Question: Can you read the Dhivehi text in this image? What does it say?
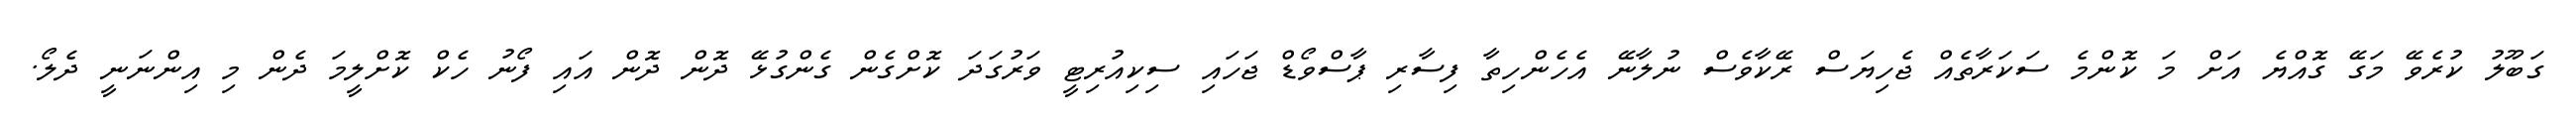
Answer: ގަބޫލު ކުރެވޭ މަގޭ ގޮއްޔެ އަށް މަ ކޮންމެ ސަކަރާތެއް ޖެހިޔަސް ރޭކާވެސް ނުލާނޭ އެހެންހިތާ ފިސާރި ޕާސްވޯޑް ޖަހައި ސިކިއުރިޓީ ވަރުގަދަ ކޮށްގެން ގެންގުޅޭ ދޮން ދޮން އައި ފޯނު ހެކް ކޮށްލީމަ ދެން މި އިންނަނީ ދެލޯ.